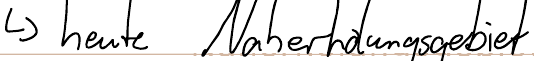
-> heute Naherholungsgebiet